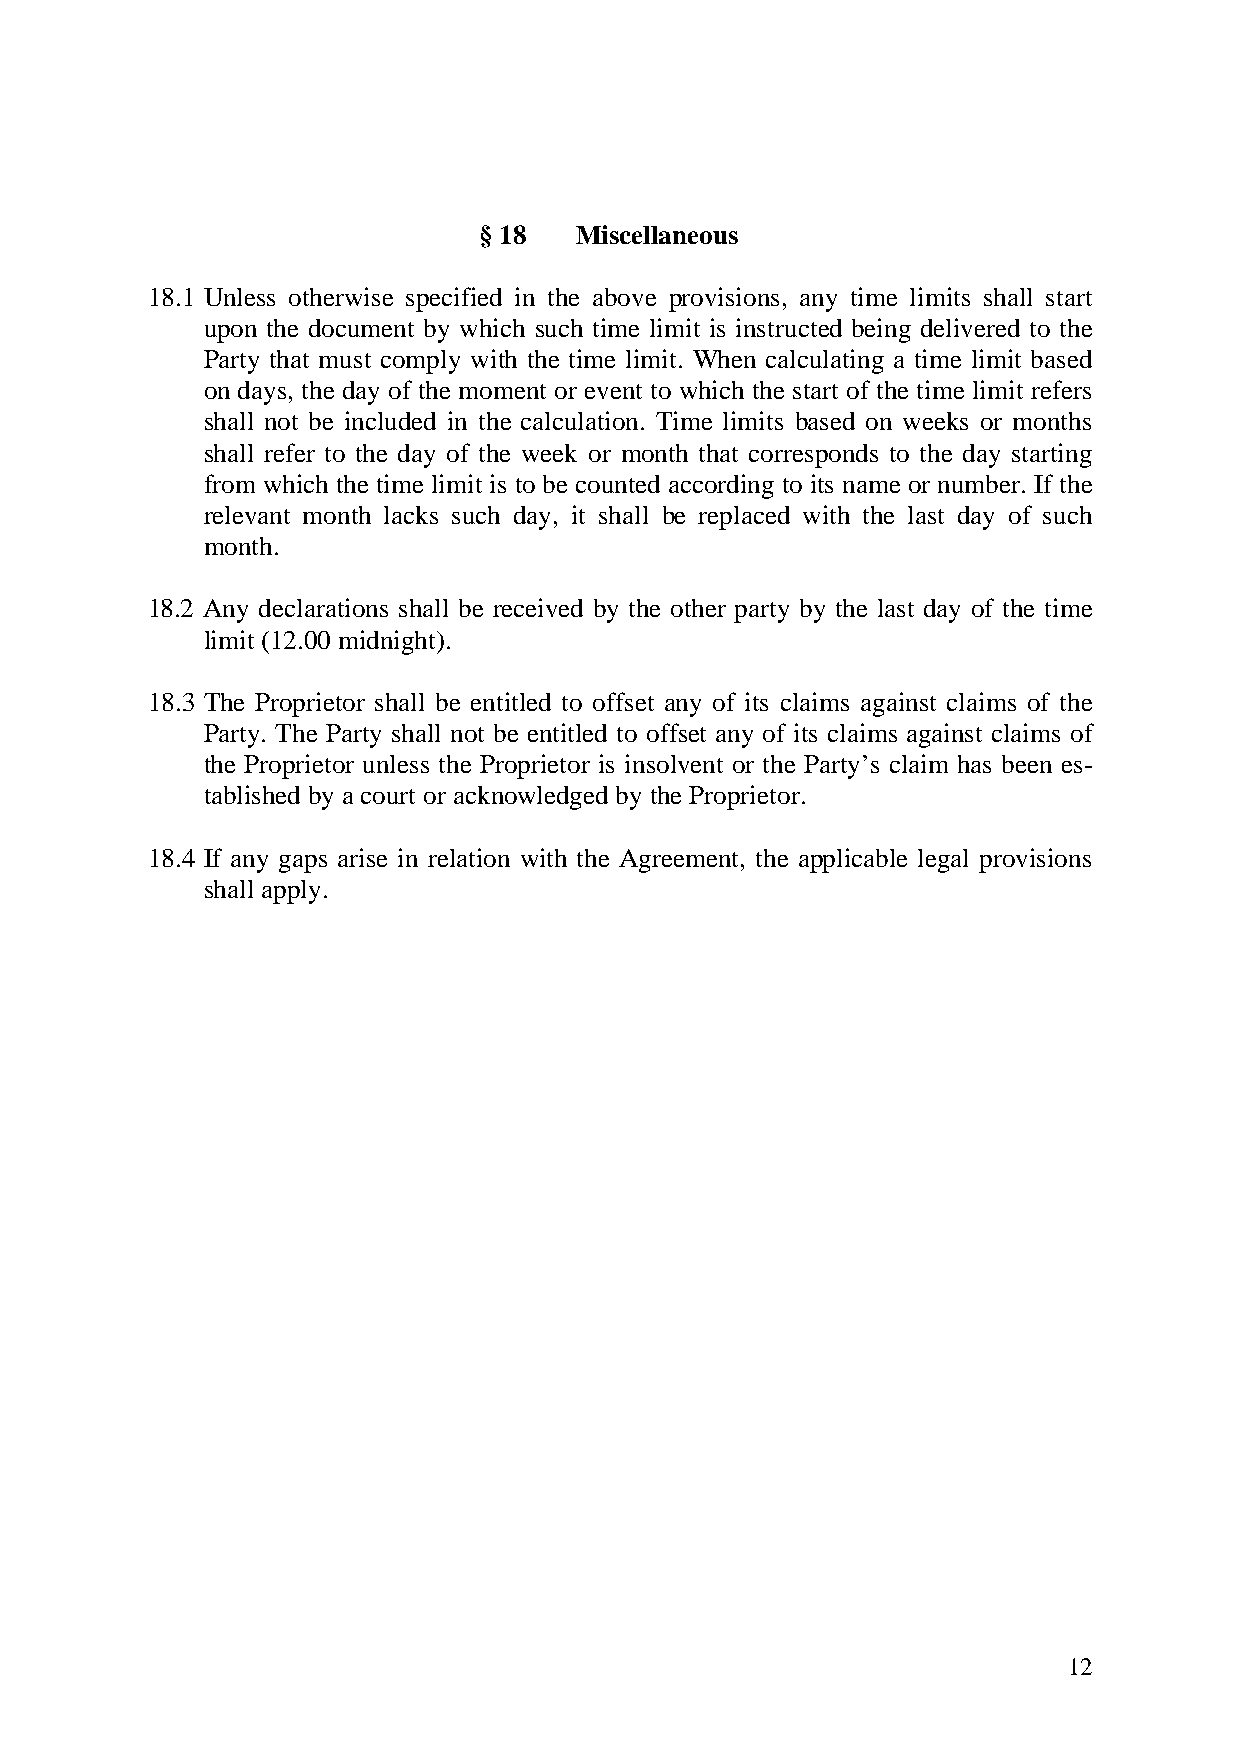
§ 18  Miscellaneous
 18.1 Unless otherwise specified in the above provisions, any time limits shall start
 upon the document by which such time limit is instructed being delivered to the
 Party that must comply with the time limit. When calculating a time limit based
 on days, the day of the moment or event to which the start of the time limit refers
 shall not be included in the calculation. Time limits based on weeks or months
 shall refer to the day of the week or month that corresponds to the day starting
 from which the time limit is to be counted according to its name or number. If the
 relevant month lacks such day, it shall be replaced with the last day of such
 month.
 18.2 Any declarations shall be received by the other party by the last day of the time
 limit (12.00 midnight).
 18.3 The Proprietor shall be entitled to offset any of its claims against claims of the
 Party. The Party shall not be entitled to offset any of its claims against claims of
 the Proprietor unless the Proprietor is insolvent or the Party’s claim has been es-
 tablished by a court or acknowledged by the Proprietor.
 18.4 If any gaps arise in relation with the Agreement, the applicable legal provisions
 shall apply.
 12